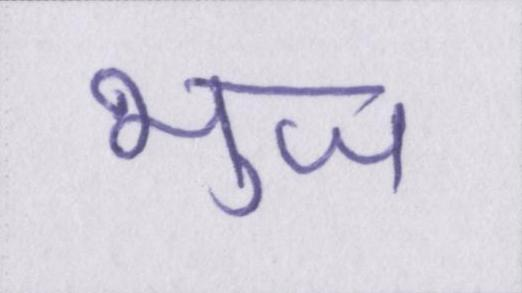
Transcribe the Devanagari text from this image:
भुज